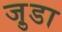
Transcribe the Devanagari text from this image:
जु़डा